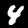
Digit: 4